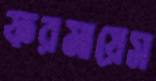
ফরমায়েস